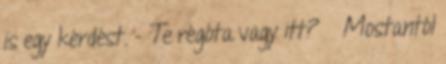
is egy kérdést. - Te régóta vagy itt? Mostantól